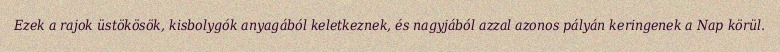
Ezek a rajok üstökösök, kisbolygók anyagából keletkeznek, és nagyjából azzal azonos pályán keringenek a Nap körül.